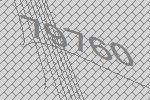
79760